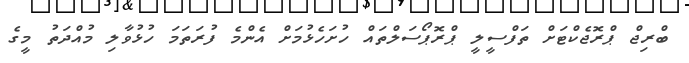
ބްރިޖް ޕްރޮޖެކްޓަށް ތަފްސީލީ ޕްރޮޕޯސަލްތައް ހުށަހެޅުމަށް އެންމެ ފުރަތަމަ ހުޅުވާލި މުއްދަތު މީގެ